Problem: 10 × 7 = ?
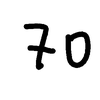
Handwritten answer: 70